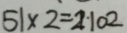
5 1 \times 2 = 2 \cdot 1 0 2